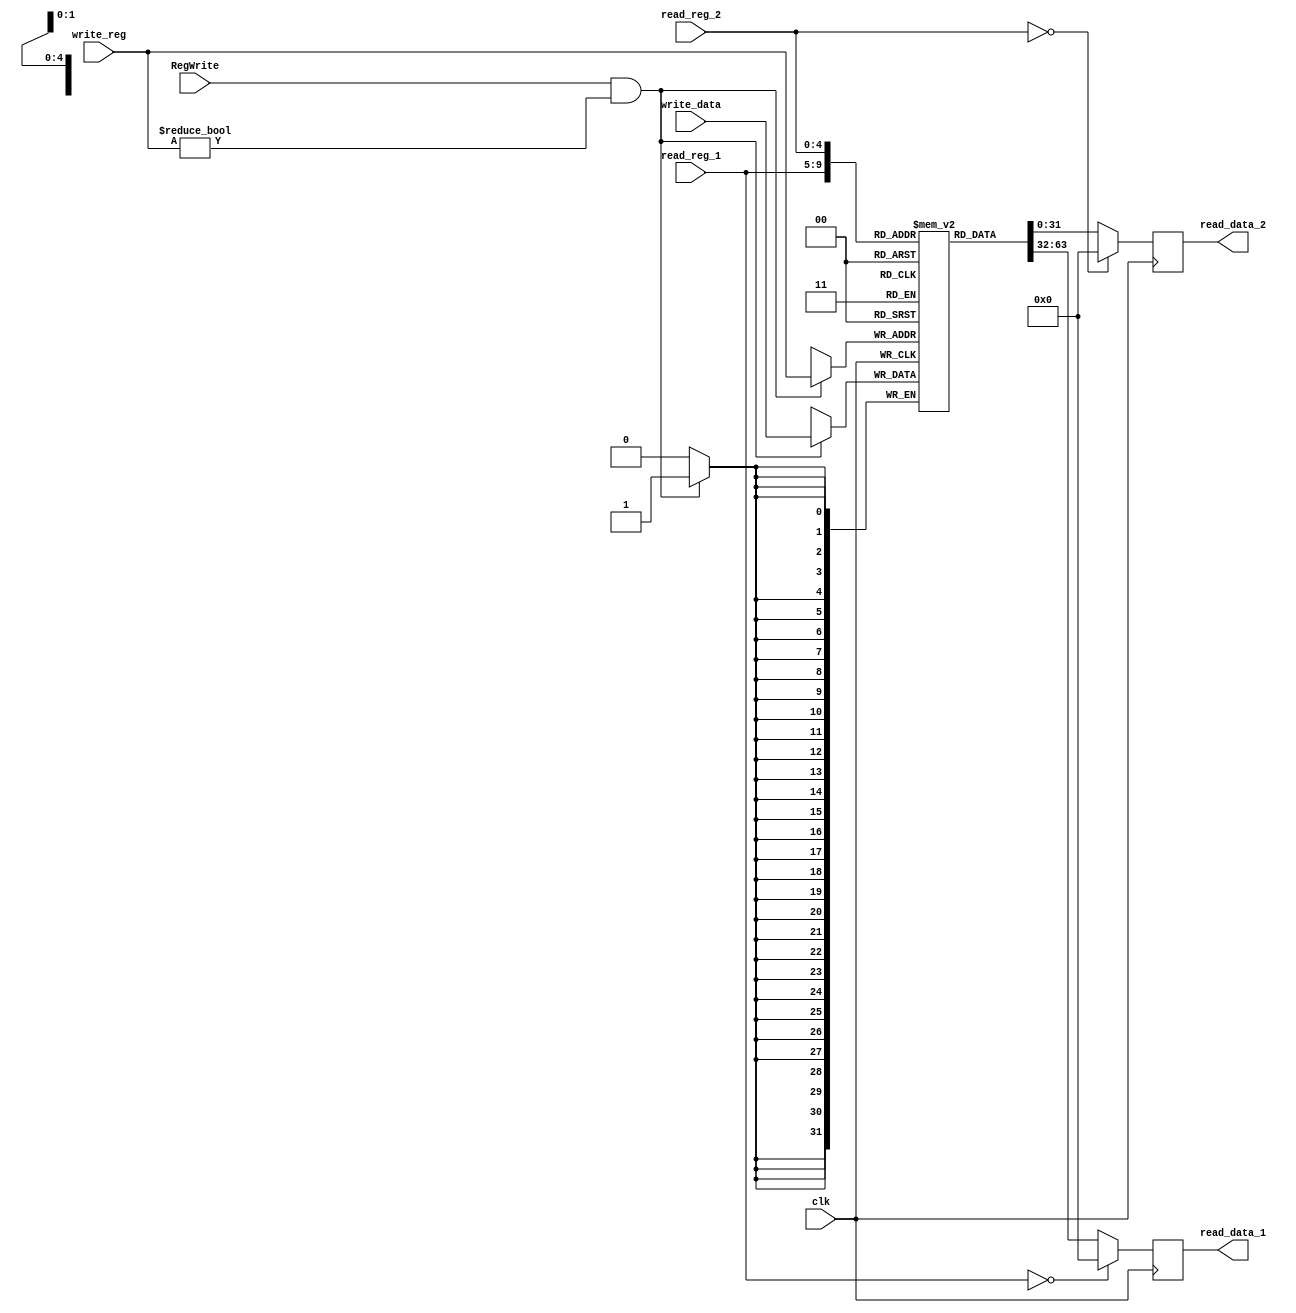
module registers(clk, RegWrite, read_reg_1, read_reg_2, write_reg, write_data, read_data_1, read_data_2);
	
	input wire clk;
	input wire RegWrite; // control signal
	input wire [4:0] read_reg_1, read_reg_2, write_reg;
	input wire [31:0] write_data;
	output reg [31:0] read_data_1, read_data_2; 
	
	reg [31:0] mem [31:0];  // 32-bit memory with 32 entries
	
	initial 
	begin
		mem[0] = 32'd0; // $zero = 0;
	end
	
	always @(posedge clk) 
	begin
		if (read_reg_1 == 5'd0) // $zero
			read_data_1 = 32'd0;
		else
			read_data_1 = mem[read_reg_1][31:0];
	end
	
	always @(posedge clk)
	begin
		if (read_reg_2 == 5'd0) // $zero
			read_data_2 = 32'd0;
		else
			read_data_2 = mem[read_reg_2][31:0];
	end
	
	always @(posedge clk) 
	begin
		if (RegWrite && write_reg != 5'd0) // $zero can not be changed.
		begin
			// write a non $zero register
			mem[write_reg] <= write_data;
		end
	end
endmodule